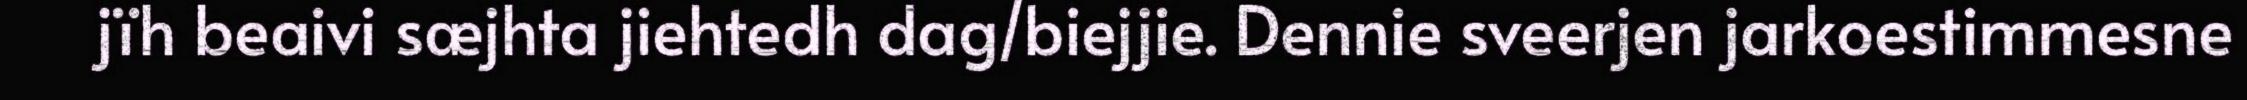
jïh beaivi sæjhta jiehtedh dag/biejjie. Dennie sveerjen jarkoestimmesne